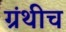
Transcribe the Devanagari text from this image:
ग्रंथीच